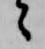
々